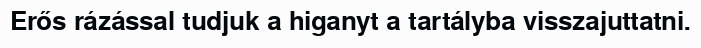
Erős rázással tudjuk a higanyt a tartályba visszajuttatni.